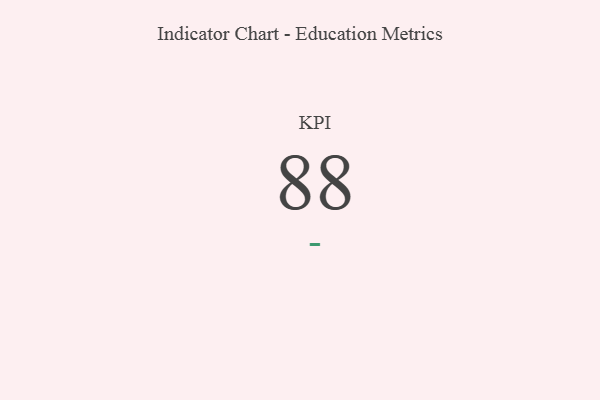
{"axis": {"x": "KPI", "y": "Value"}, "legend": [""], "data": [{"x": "KPI", "y": 88, "type": ""}]}